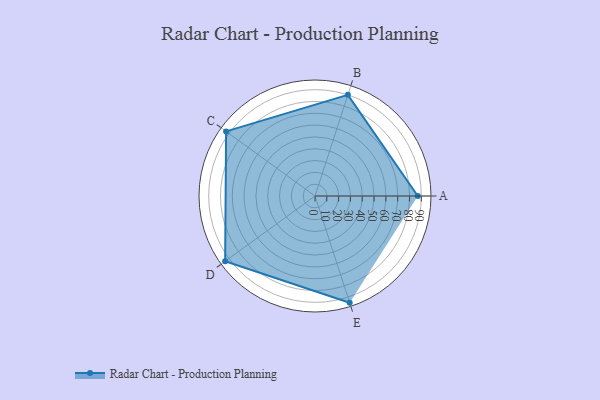
{"axis": {"x": "Skill", "y": "Score"}, "legend": ["Profile"], "data": [{"x": "A", "y": 87.0, "type": "Profile"}, {"x": "B", "y": 90.0, "type": "Profile"}, {"x": "C", "y": 93.0, "type": "Profile"}, {"x": "D", "y": 94.0, "type": "Profile"}, {"x": "E", "y": 95.0, "type": "Profile"}]}